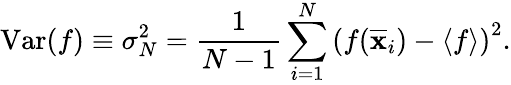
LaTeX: \mathrm{Var}(f)\equiv\sigma_{N}^{2}={\frac{1}{N-1}}\sum_{i=1}^{N}\left(f({\overline{{\mathbf{x}}}}_{i})-\langle f\rangle\right)^{2}.